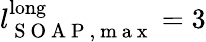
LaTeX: l_{\mathrm{~S~O~A~P~,~m~a~x~}}^{\mathrm{long}}=3